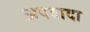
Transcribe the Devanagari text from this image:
अपवादा